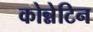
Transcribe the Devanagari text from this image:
कोन्नेटिन